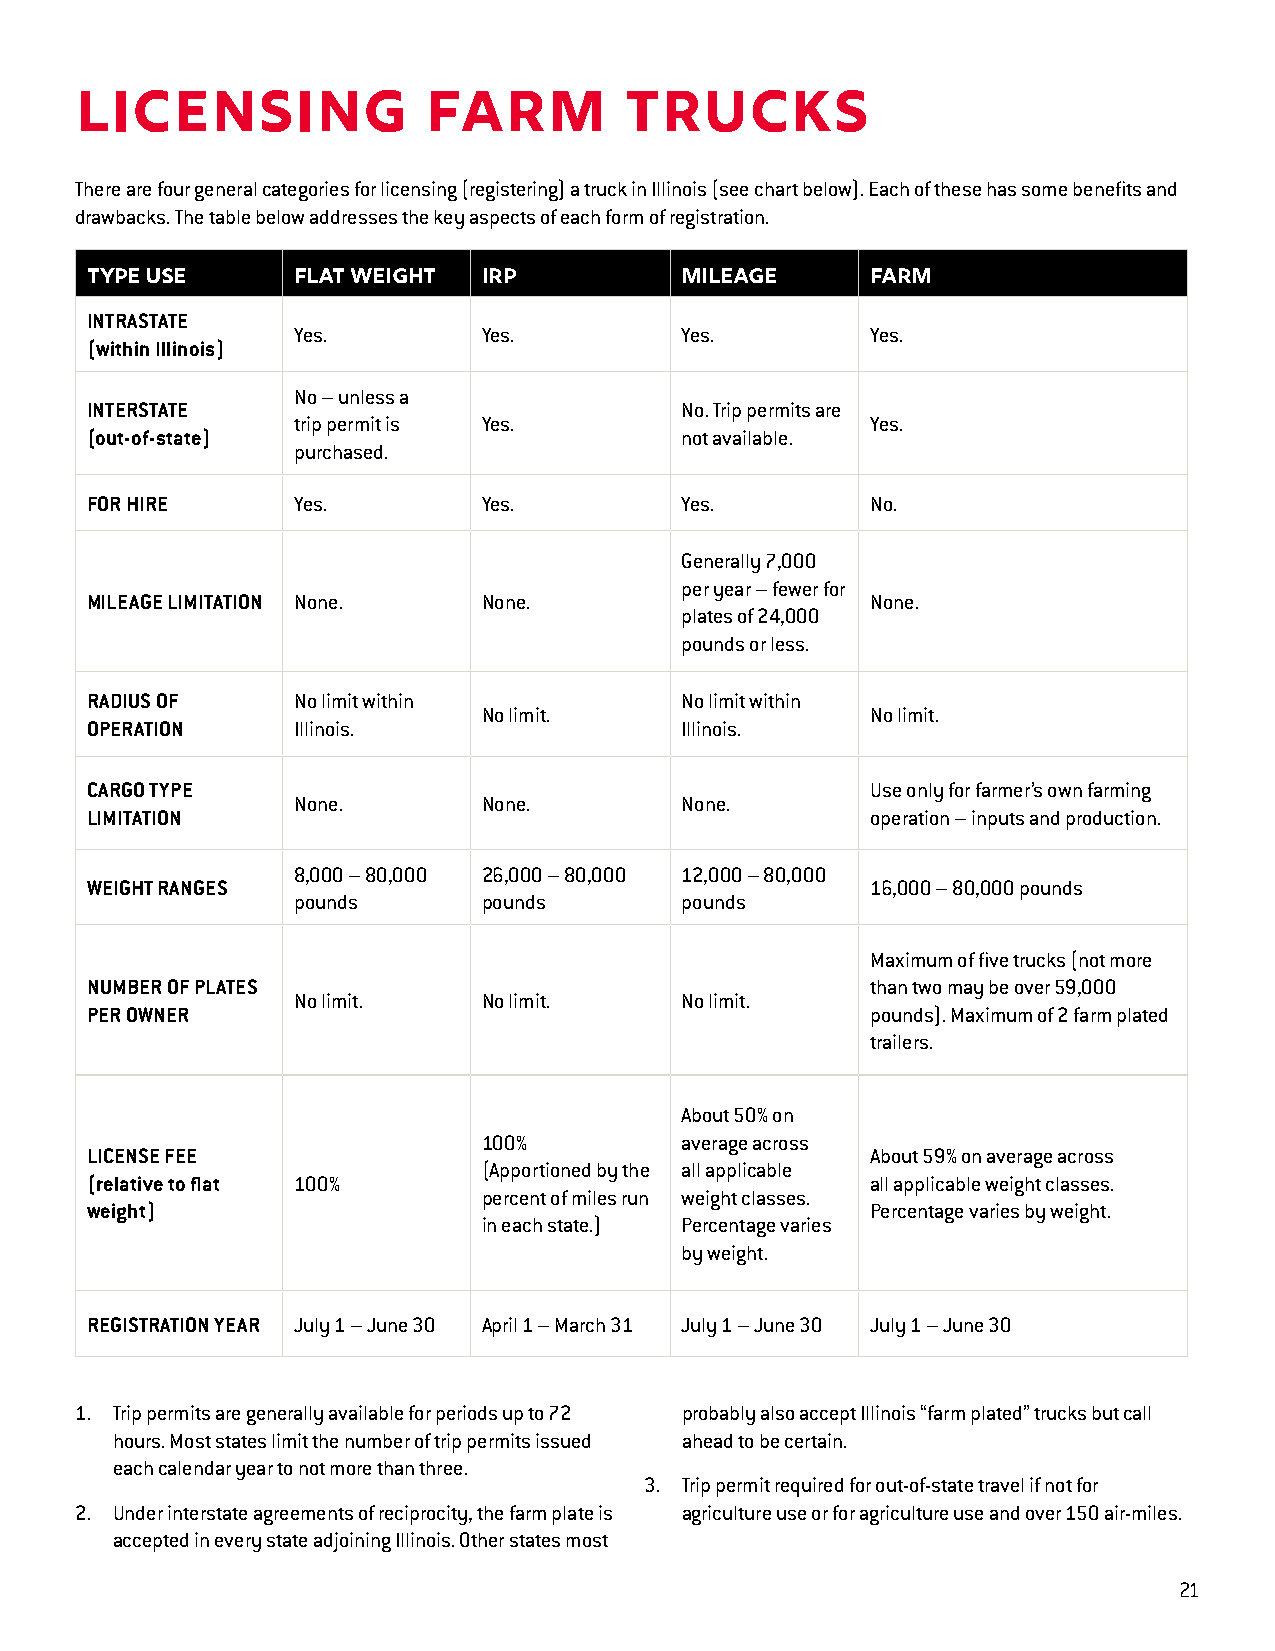
Licensing              Farm         Trucks
 There are four general categories for licensing (registering) a truck in Illinois (see chart below). Each of these has some benefits and
 drawbacks. The table below addresses the key aspects of each form of registration.
 TYPE USE     FLAT WEIGHT  IRP          MILEAGE      FARM
 INTRASTATE
 Yes.         Yes.         Yes.         Yes.
 (within Illinois)
 No – unless a
 INTERSTATE                             No. Trip permits are
 trip permit is Yes.                    Yes.
 (out-of-state)                         not available.
 purchased.
 FOR HIRE     Yes.         Yes.         Yes.         No.
 Generally 7,000
 per year – fewer for
 MILEAGE LIMITATION None.  None.                     None.
 plates of 24,000
 pounds or less.
 RADIUS OF    No limit within           No limit within
 No limit.                 No limit.
 OPERATION    Illinois.                 Illinois.
 CARGO TYPE                                          Use only for farmer’s own farming
 None.        None.        None.
 LIMITATION                                          operation – inputs and production.
 8,000 – 80,000 26,000 – 80,000 12,000 – 80,000
 WEIGHT RANGES                                       16,000 – 80,000 pounds
 pounds       pounds       pounds
 Maximum of five trucks (not more
 NUMBER OF PLATES                                    than two may be over 59,000
 No limit.    No limit.    No limit.
 PER OWNER                                           pounds). Maximum of 2 farm plated
 trailers.
 About 50% on
 100%         average across
 LICENSE FEE                                         About 59% on average across
 (Apportioned by the all applicable
 (relative to flat 100%                              all applicable weight classes.
 percent of miles run weight classes.
 weight)                                             Percentage varies by weight.
 in each state.) Percentage varies
 by weight.
 REGISTRATION YEAR July 1 – June 30 April 1 – March 31 July 1 – June 30 July 1 – June 30
 1. Trip permits are generally available for periods up to 72 probably also accept Illinois “farm plated” trucks but call
 hours. Most states limit the number of trip permits issued ahead to be certain.
 each calendar year to not more than three.
 3. Trip permit required for out-of-state travel if not for
 2. Under interstate agreements of reciprocity, the farm plate is agriculture use or for agriculture use and over 150 air-miles.
 accepted in every state adjoining Illinois. Other states most
 2211